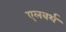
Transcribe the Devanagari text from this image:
एलबर्थ